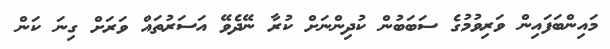
މައިންބަފައިން ވަރިވުމުގެ ސަބަބުން ކުދިންނަށް ކުރާ ނޭދެވޭ އަސަރުތައް ވަރަށް ގިނަ ކަން